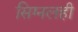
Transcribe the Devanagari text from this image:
सिग्नलही